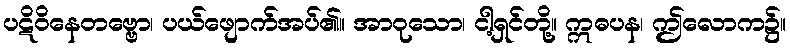
ပဋိဝိနေတဗ္ဗော၊ ပယ်ဖျောက်အပ်၏။ အာဝုသော၊ ငါ့ရှင်တို့။ ဣဓပန၊ ဤလောက၌။